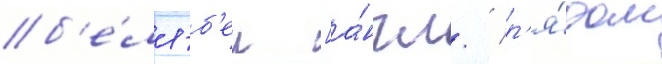
б'е́лл-б'еи [а́нгл. / р'я́дом